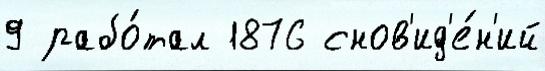
9 рабо́тал 1876 снов'ид'е́н'ий